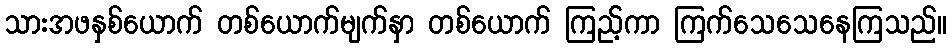
သားအဖနှစ်ယောက် တစ်ယောက်မျက်နှာ တစ်ယောက် ကြည့်ကာ ကြက်သေသေနေကြသည်။